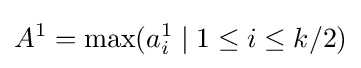
A^{1}=\max(a_{i}^{1}\mid 1\leq i\leq k/2)